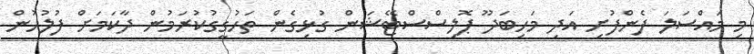
މި މައްސަލަ ފެންފުށި އަދި މަހިބަދޫ ޕޮލިސްސްޓޭޝަން ގުޅިގެން ތަހުގީގުކުރަމުން ދާކަމަށް ފުލުހުން